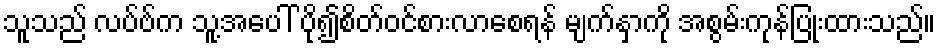
သူသည် လပ်ဗ်က သူ့အပေါ် ပို၍စိတ်ဝင်စားလာစေရန် မျက်နှာကို အစွမ်းကုန်ပြုံးထားသည်။